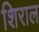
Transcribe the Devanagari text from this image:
शिराल